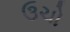
ઉચો